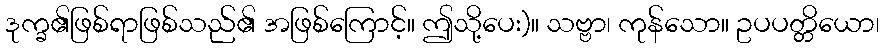
ဒုက္ခ၏ဖြစ်ရာဖြစ်သည်၏ အဖြစ်ကြောင့်။ ဤသို့ပေး)။ သဗ္ဗာ၊ ကုန်သော။ ဥပပတ္တိယော၊